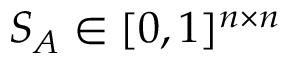
S _ { A } \in [ 0 , 1 ] ^ { n \times n }